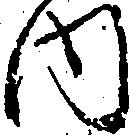
内